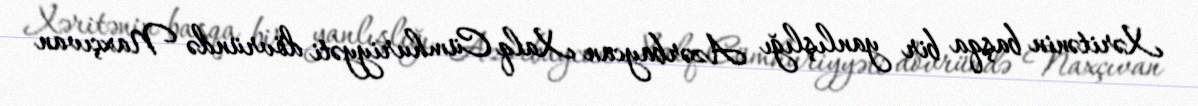
Xəritənin başqa bir yanlışlığı Azərbaycan Xalq Cümhuriyyəti dövründə Naxçıvan